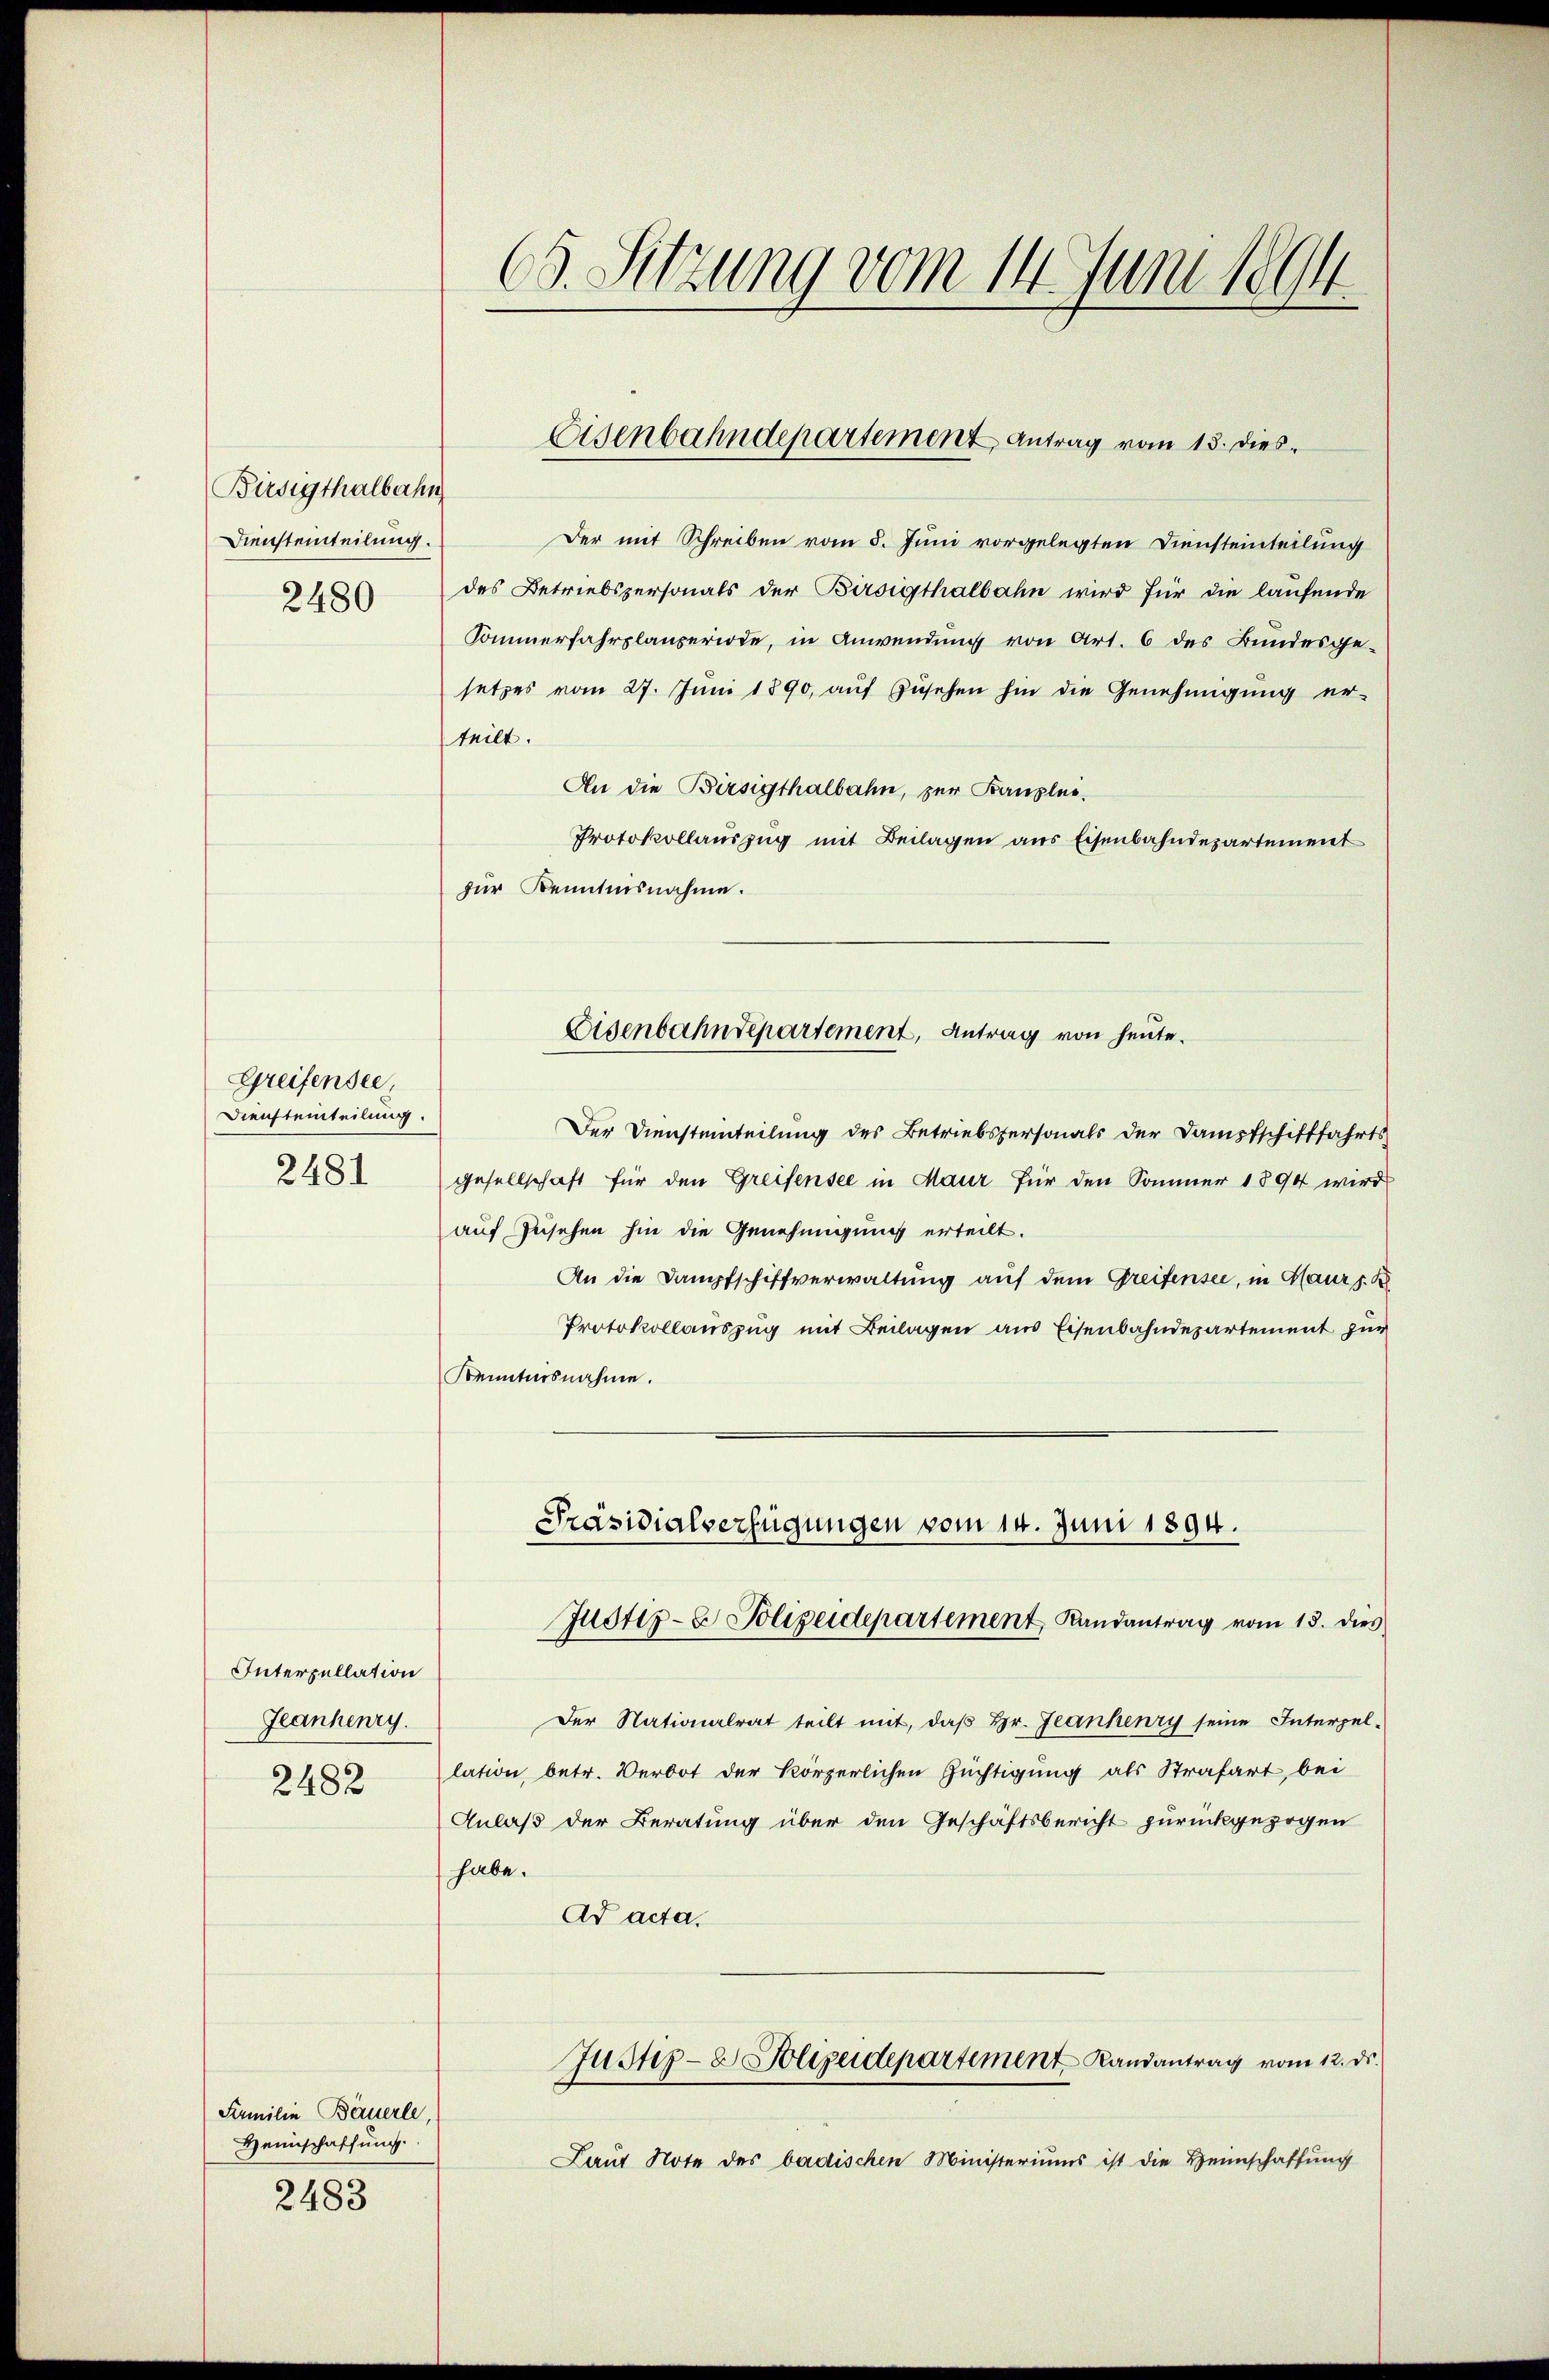
Birsigthalbahn
Diensteinteilung.
2480

Greifensee,
Diensteinteilung.
2481

Interpellation
Jeanhenry
2482

Familie Bäuerle,
Heimschaffung.
2483

(s. Sitzung vom 14. Juni 1894

Der mit Schreiben vom 5. Juni vorgelegten Diensteinteilung
des Betriebspersonals der Birsigthalbahn wird für die laufende
Sommerfahrplanperiode, in Anwendung von Art. 6 des Bundesge-
setzes vom 27. Juni 1890, auf Zusehen hin die Genehmigung er-
teilt.
An die Birsigthalbahn, zur Banzlei-
Protokollauszug mit Beilagen aus Eisenbahndepartement
für Kenntnisnahme.
Eisenbahndepartement, Antrag von heute.
Der Diensteinteilung des Betriebspersonals der Dampfschifffahrts-
gesellschaft für den Greifensee in Maur für den Sommer 1894 wird
auf Zusehen hin die Genehmigung erteilt.
An die Dampfschiffverwaltung auf dem Greifensee, in Maur s. B
Protokollauszug mit Beilagen aus Eisenbahndepartement zur
Kenntnisnahme.

Eisenbahndepartement Antrag vom 13. dies¬

Präsidialverfügungen vom 14. Juni 1894.
Justiz- & Polizeidepartement, Randantrag vom 15. dies

Der Nationalrat teilt mit, daß Hr. Jeanhenry seine Interpel-
lation, betr. Verbot der körperlichen Züchtigung als Strafart bei
Anlaß der Beratung über den Geschäftsbericht zurückgezogen
habe.
Ad acta.
Justiz- & Polizeidepartement Randantrag vom 12. ds.
Laŭt Note des badischen Ministeriums ist die Heimschaffung